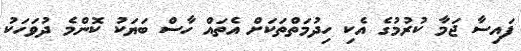
ފައިސާ ޖަމާ ކުރުމުގެ އެކި ހިދުމަތްތަކަށް އެތައް ހާސް ބަޔަކު ކޮންމެ ދުވަހަކު